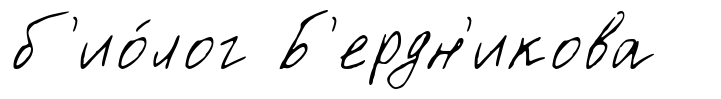
б'ио́лог Б'ердн'икова